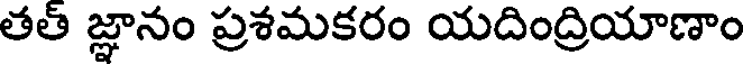
తత్ జ్ఞానం ప్రశమకరం యదింద్రియాణాం